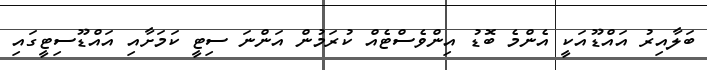
ބަލާއިރު އައްޑޫއަކީ އެންމެ ބޮޑު އިންވެސްޓެއް ކުރަމުން އަންނަ ސިޓީ ކަމަށާއި އައްޑޫސިޓީގައި